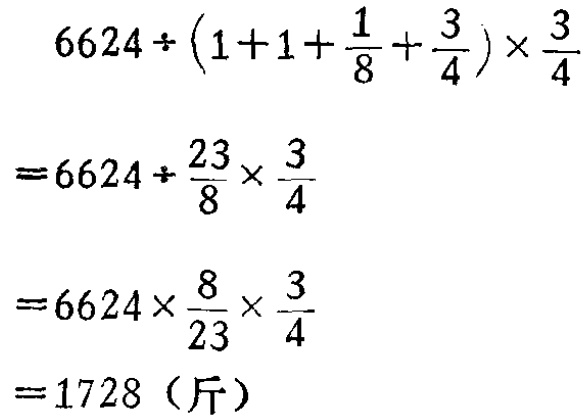
\[

\begin{align*}

&6624\div(1 + 1+\frac{1}{8}+\frac{3}{4})\times\frac{3}{4}\\

=&6624\div\frac{23}{8}\times\frac{3}{4}\\

=&6624\times\frac{8}{23}\times\frac{3}{4}\\

=&1728（\text{斤}）

\end{align*}

\]